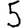
Digit: 5